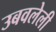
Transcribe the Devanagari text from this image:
उबवलेली